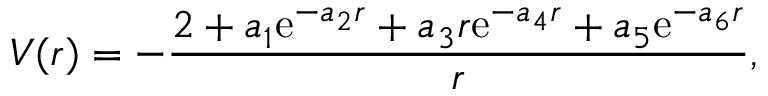
V ( r ) = - \frac { 2 + a _ { 1 } \mathrm { e } ^ { - a _ { 2 } r } + a _ { 3 } r \mathrm { e } ^ { - a _ { 4 } r } + a _ { 5 } \mathrm { e } ^ { - a _ { 6 } r } } { r } ,